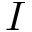
\boldsymbol { I }